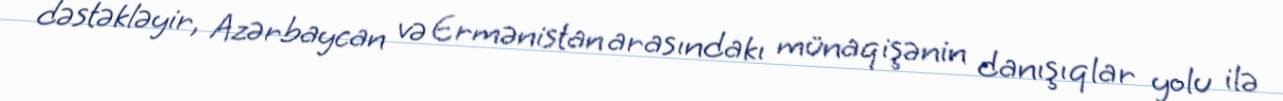
dəstəkləyir, Azərbaycan və Ermənistan arasındakı münaqişənin danışıqlar yolu ilə